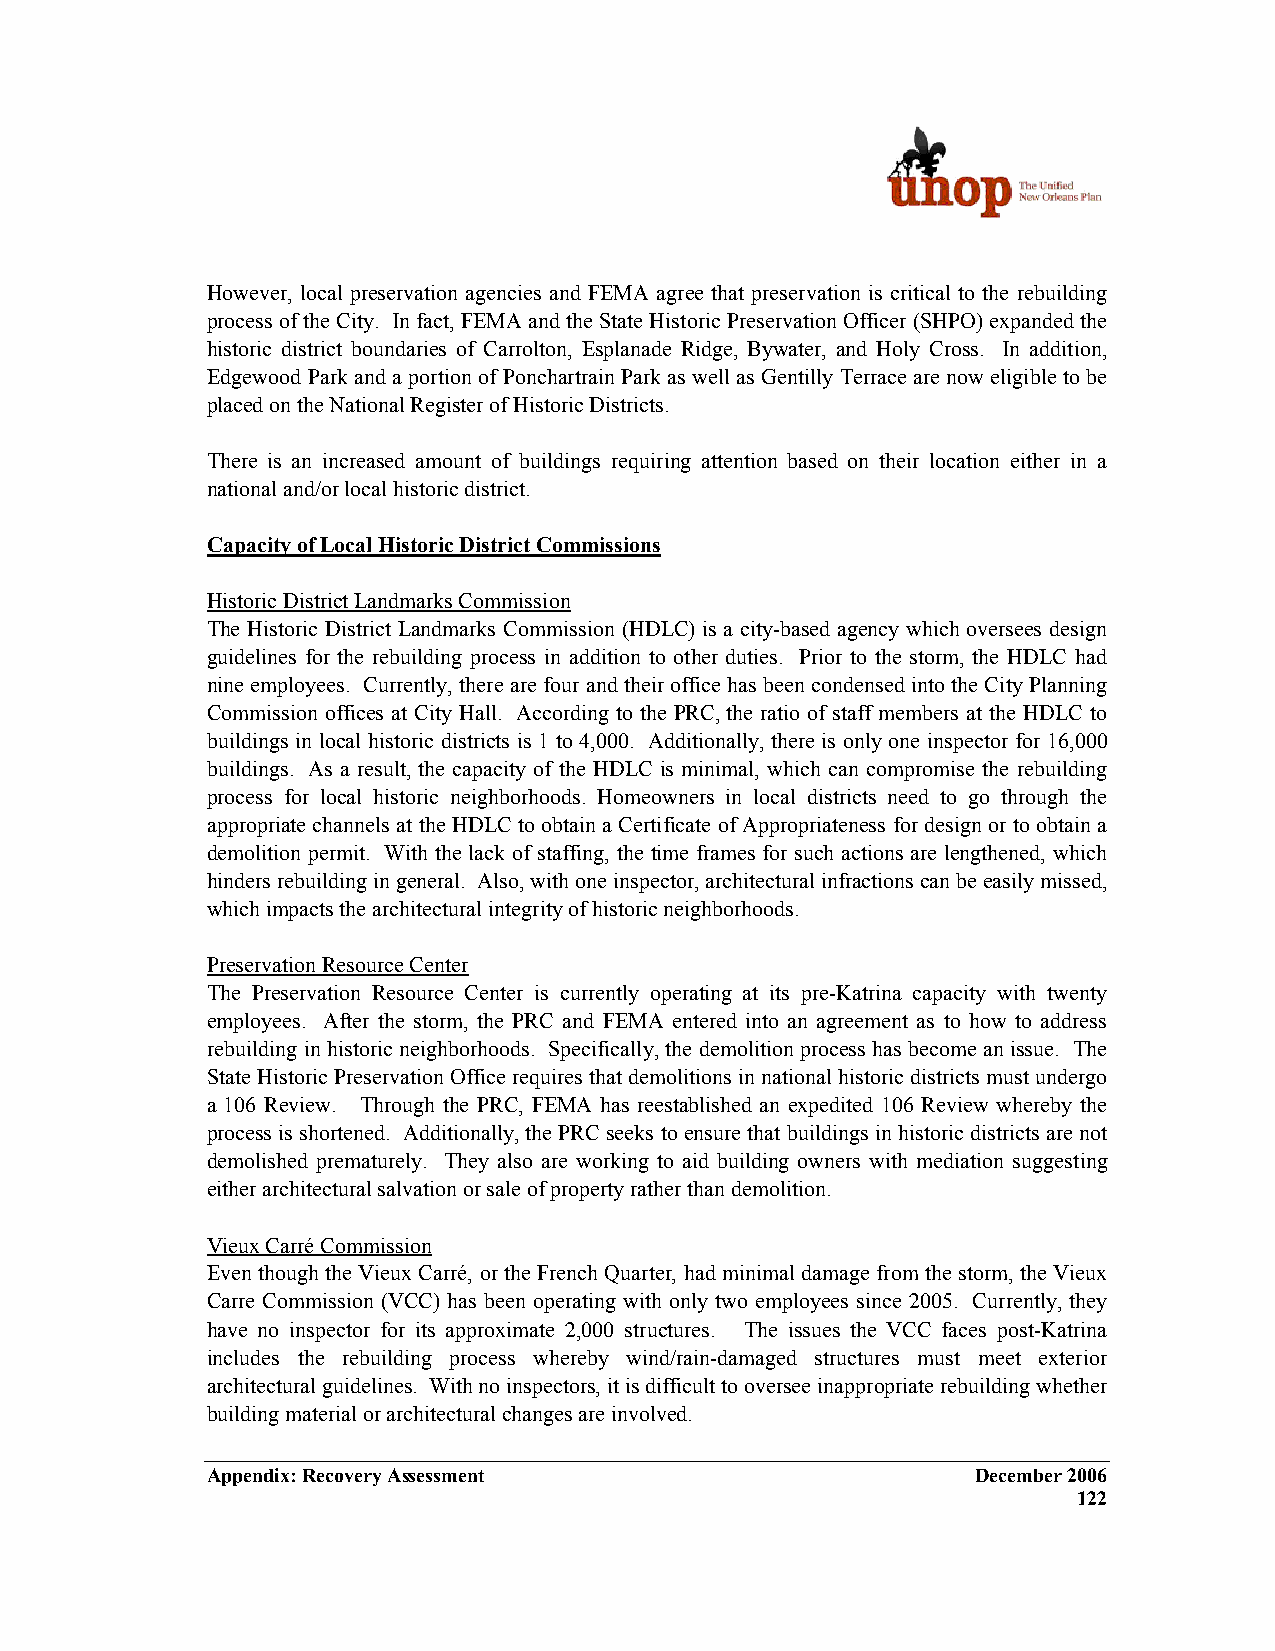
However, local preservation agencies and FEMA agree that preservation is critical to the rebuilding
 process of the City. In fact, FEMA and the State Historic Preservation Officer (SHPO) expanded the
 historic district boundaries of Carrolton, Esplanade Ridge, Bywater, and Holy Cross. In addition,
 Edgewood Park and a portion of Ponchartrain Park as well as Gentilly Terrace are now eligible to be
 placed on the National Register of Historic Districts.
 There is an increased amount of buildings requiring attention based on their location either in a
 national and/or local historic district.
 Capacity of Local Historic District Commissions
 Historic District Landmarks Commission
 The Historic District Landmarks Commission (HDLC) is a city-based agency which oversees design
 guidelines for the rebuilding process in addition to other duties. Prior to the storm, the HDLC had
 nine employees. Currently, there are four and their office has been condensed into the City Planning
 Commission offices at City Hall. According to the PRC, the ratio of staff members at the HDLC to
 buildings in local historic districts is 1 to 4,000. Additionally, there is only one inspector for 16,000
 buildings. As a result, the capacity of the HDLC is minimal, which can compromise the rebuilding
 process for local historic neighborhoods. Homeowners in local districts need to go through the
 appropriate channels at the HDLC to obtain a Certificate of Appropriateness for design or to obtain a
 demolition permit. With the lack of staffing, the time frames for such actions are lengthened, which
 hinders rebuilding in general. Also, with one inspector, architectural infractions can be easily missed,
 which impacts the architectural integrity of historic neighborhoods.
 Preservation Resource Center
 The Preservation Resource Center is currently operating at its pre-Katrina capacity with twenty
 employees. After the storm, the PRC and FEMA entered into an agreement as to how to address
 rebuilding in historic neighborhoods. Specifically, the demolition process has become an issue. The
 State Historic Preservation Office requires that demolitions in national historic districts must undergo
 a 106 Review. Through the PRC, FEMA has reestablished an expedited 106 Review whereby the
 process is shortened. Additionally, the PRC seeks to ensure that buildings in historic districts are not
 demolished prematurely. They also are working to aid building owners with mediation suggesting
 either architectural salvation or sale of property rather than demolition.
 Vieux Carré Commission
 Even though the Vieux Carré, or the French Quarter, had minimal damage from the storm, the Vieux
 Carre Commission (VCC) has been operating with only two employees since 2005. Currently, they
 have no inspector for its approximate 2,000 structures. The issues the VCC faces post-Katrina
 includes the rebuilding process whereby wind/rain-damaged structures must meet exterior
 architectural guidelines. With no inspectors, it is difficult to oversee inappropriate rebuilding whether
 building material or architectural changes are involved.
 Appendix: Recovery Assessment                      December 2006
 122